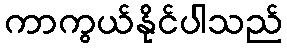
ကာကွယ်နိုင်ပါသည်